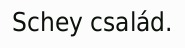
Schey család.